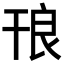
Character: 𭙃